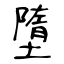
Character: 墮